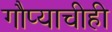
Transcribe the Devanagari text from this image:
गौप्याचीही